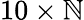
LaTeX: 10\times\mathbb{N}